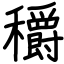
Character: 穱